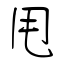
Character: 甩